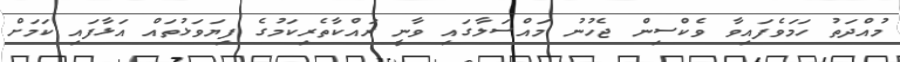
މުއްދަތު ހަމަވެފައިވާ ވެކްސިން ޖެހުނު މައްސަލާގައި ވާނީ ރައްކާތެރިކަމުގެ ފިޔަވަޅުތައް އަޅާފައި ކަމަށް